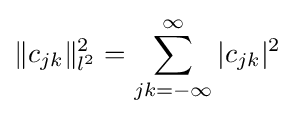
\Vert c_{jk}\Vert _{l^{2}}^{2}=\sum _{jk=-\infty }^{\infty }\vert c_{jk}\vert ^{2}